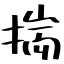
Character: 揣